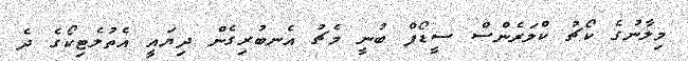
މިލާނުގެ ކޯޗު ކްލަރެންސް ސީޑޯފް ބުނީ މެޗު އެނބުރިގެން ދިޔައީ އެތުލެޓިކޯގެ ދެ